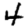
Digit: 4